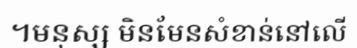
។មនុស្ស មិនមែនសំខាន់នៅលើ